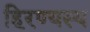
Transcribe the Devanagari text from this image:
हिरण्यस्य